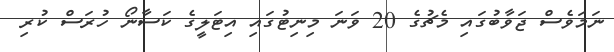
ނަމަވެސް ޖަވާބުގައި މެޗުގެ 20 ވަނަ މިނިޓުގައި އިޓަލީގެ ކަސާނޯ ހުރަސް ކުރި